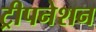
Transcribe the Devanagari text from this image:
ट्रीपनेशन